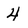
Character: 4